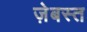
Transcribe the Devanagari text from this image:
ज़ेबस्त